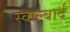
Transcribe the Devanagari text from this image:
स्वाल्बार्द